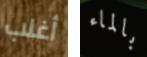
أغلب بالماء